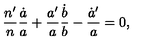
{ \frac { n ^ { \prime } } { n } } { \frac { \dot { a } } { a } } + { \frac { a ^ { \prime } } { a } } { \frac { \dot { b } } { b } } - { \frac { \dot { a } ^ { \prime } } { a } } = 0 ,